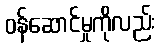
ဝန်ဆောင်မှုကိုလည်း